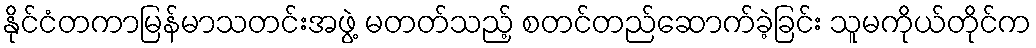
နိုင်ငံတကာမြန်မာသတင်းအဖွဲ့ မတတ်သည့် စတင်တည်ဆောက်ခဲ့ခြင်း သူမကိုယ်တိုင်က